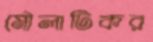
মৌলাটিকর